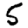
Digit: 5